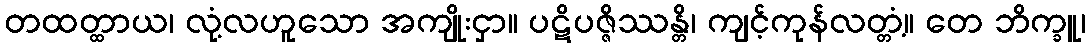
တထတ္ထာယ၊ လုံ့လဟူသော အကျိုးငှာ။ ပဋိပဇ္ဇိဿန္တိ၊ ကျင့်ကုန်လတ္တံ့။ တေ ဘိက္ခူ၊